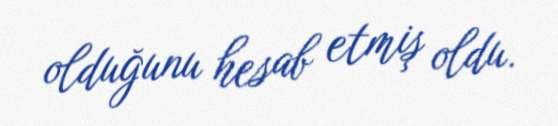
olduğunu hesab etmiş oldu.